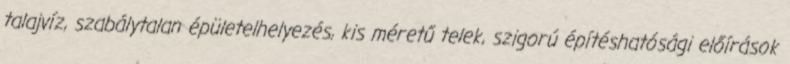
talajvíz, szabálytalan épületelhelyezés, kis méretű telek, szigorú építéshatósági előírások